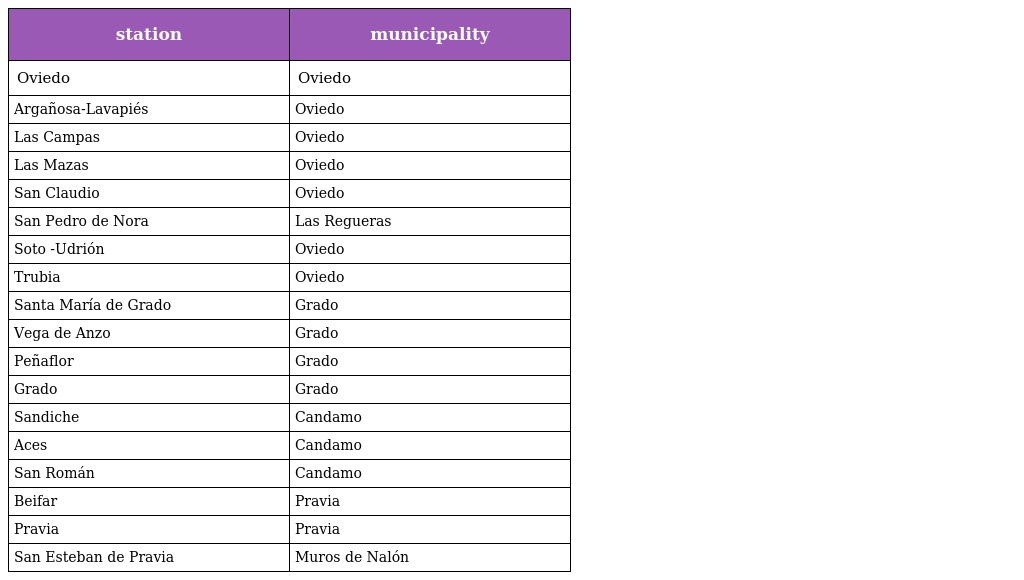
| station | municipality |
 | --- | --- |
 | Oviedo | Oviedo |
 | Argañosa-Lavapiés | Oviedo |
 | Las Campas | Oviedo |
 | Las Mazas | Oviedo |
 | San Claudio | Oviedo |
 | San Pedro de Nora | Las Regueras |
 | Soto -Udrión | Oviedo |
 | Trubia | Oviedo |
 | Santa María de Grado | Grado |
 | Vega de Anzo | Grado |
 | Peñaflor | Grado |
 | Grado | Grado |
 | Sandiche | Candamo |
 | Aces | Candamo |
 | San Román | Candamo |
 | Beifar | Pravia |
 | Pravia | Pravia |
 | San Esteban de Pravia | Muros de Nalón |